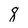
Character: 8